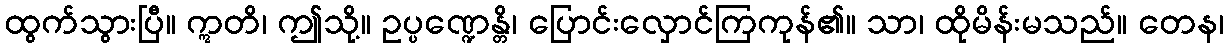
ထွက်သွားပြီ။ ဣတိ၊ ဤသို့။ ဥပ္ပဏ္ဍေန္တိ၊ ပြောင်းလှောင်ကြကုန်၏။ သာ၊ ထိုမိန်းမသည်။ တေန၊